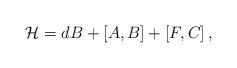
LaTeX: \begin{align*}{\cal H}=dB+\left[ A,B\right] +\left[ F,C\right] , \end{align*}